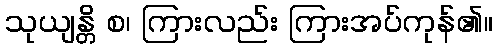
သုယျန္တိ စ၊ ကြားလည်း ကြားအပ်ကုန်၏။